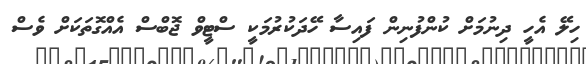
ހިލޭ އެހީ ދިނުމަށް ކުންފުނިން ފައިސާ ހޭދަކުރުމަކީ ސްޓީވް ޖޮބްސް އެއްގޮތަކަށް ވެސް